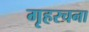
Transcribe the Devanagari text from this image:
गृहरचना